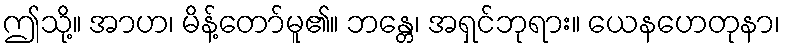
ဤသို့။ အာဟ၊ မိန့်တော်မူ၏။ ဘန္တေ၊ အရှင်ဘုရား။ ယေနဟေတုနာ၊